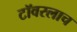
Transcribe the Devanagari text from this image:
टॉवरलाच